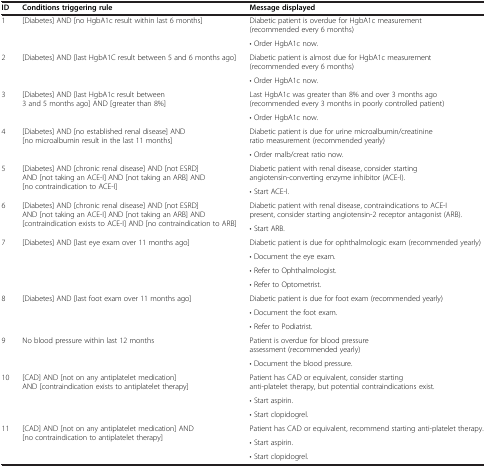
<table><thead><tr><td><b>ID</b></td><td><b>Conditions triggering rule</b></td><td><b>Message displayed</b></td></tr></thead><tbody><tr><td rowspan="2">1</td><td rowspan="2">[Diabetes] AND [no HgbA1c result within last 6 months]</td><td>Diabetic patient is overdue for HgbA1c measurement (recommended every 6 months)</td></tr><tr><td>• Order HgbA1c now.</td></tr><tr><td rowspan="2">2</td><td rowspan="2">[Diabetes] AND [last HgbA1C result between 5 and 6 months ago]</td><td>Diabetic patient is almost due for HgbA1c measurement (recommended every 6 months)</td></tr><tr><td>• Order HgbA1c now.</td></tr><tr><td rowspan="2">3</td><td rowspan="2">[Diabetes] AND [last HgbA1c result between 3 and 5 months ago] AND [greater than 8%]</td><td>Last HgbA1c was greater than 8% and over 3 months ago (recommended every 3 months in poorly controlled patient)</td></tr><tr><td>• Order HgbA1c now.</td></tr><tr><td rowspan="2">4</td><td rowspan="2">[Diabetes] AND [no established renal disease] AND [no microalbumin result in the last 11 months]</td><td>Diabetic patient is due for urine microalbumin/creatinine ratio measurement (recommended yearly)</td></tr><tr><td>• Order malb/creat ratio now.</td></tr><tr><td rowspan="2">5</td><td rowspan="2">[Diabetes] AND [chronic renal disease] AND [not ESRD] AND [not taking an ACE-I] AND [not taking an ARB] AND [no contraindication to ACE-I]</td><td>Diabetic patient with renal disease, consider starting angiotensin-converting enzyme inhibitor (ACE-I).</td></tr><tr><td>• Start ACE-I.</td></tr><tr><td rowspan="2">6</td><td rowspan="2">[Diabetes] AND [chronic renal disease] AND [not ESRD] AND [not taking an ACE-I] AND [not taking an ARB] AND [contraindication exists to ACE-I] AND [no contraindication to ARB]</td><td>Diabetic patient with renal disease, contraindications to ACE-I present, consider starting angiotensin-2 receptor antagonist (ARB).</td></tr><tr><td>• Start ARB.</td></tr><tr><td rowspan="4">7</td><td rowspan="4">[Diabetes] AND [last eye exam over 11 months ago]</td><td>Diabetic patient is due for ophthalmologic exam (recommended yearly)</td></tr><tr><td>• Document the eye exam.</td></tr><tr><td>• Refer to Ophthalmologist.</td></tr><tr><td>• Refer to Optometrist.</td></tr><tr><td rowspan="3">8</td><td rowspan="3">[Diabetes] AND [last foot exam over 11 months ago]</td><td>Diabetic patient is due for foot exam (recommended yearly)</td></tr><tr><td>• Document the foot exam.</td></tr><tr><td>• Refer to Podiatrist.</td></tr><tr><td rowspan="2">9</td><td rowspan="2">No blood pressure within last 12 months</td><td>Patient is overdue for blood pressure assessment (recommended yearly)</td></tr><tr><td>• Document the blood pressure.</td></tr><tr><td rowspan="3">10</td><td rowspan="3">[CAD] AND [not on any antiplatelet medication] AND [contraindication exists to antiplatelet therapy]</td><td>Patient has CAD or equivalent, consider starting anti-platelet therapy, but potential contraindications exist.</td></tr><tr><td>• Start aspirin.</td></tr><tr><td>• Start clopidogrel.</td></tr><tr><td rowspan="3">11</td><td rowspan="3">[CAD] AND [not on any antiplatelet medication] AND [no contraindication to antiplatelet therapy]</td><td>Patient has CAD or equivalent, recommend starting anti-platelet therapy.</td></tr><tr><td>• Start aspirin.</td></tr><tr><td>• Start clopidogrel.</td></tr></tbody></table>